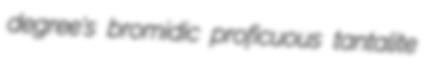
degree's bromidic proficuous tantalite